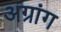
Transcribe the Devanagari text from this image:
अग्रांग